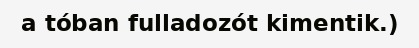
a tóban fulladozót kimentik.)